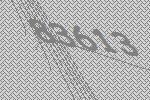
83613